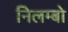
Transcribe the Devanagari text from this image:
निलम्‍बो